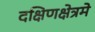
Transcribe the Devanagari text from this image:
दक्षिणक्षेत्रमे